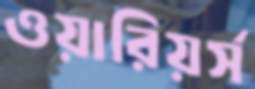
ওয়ারিয়র্স